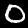
Label: 0